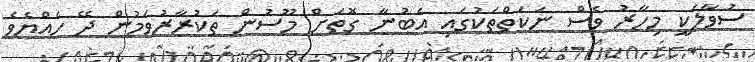
ސުވާލަކީ މިހާރު ވެސް ނަކަތްތަކުގައި އެބުނާ ގޮތަށް މޫސުން ތަކުރާރުވަމުން ދޭ ހެއްޔެވެ